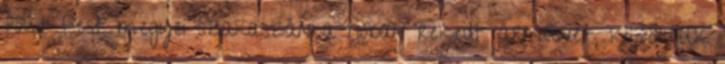
főút Pest megyei szakaszán a hóban rekedt járművet, közöttük